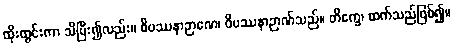
ထိုးထွင်းကာ သိပြီး၍လည်း။ ဝိပဿနာဉာဏေ၊ ဝိပဿနာဉာဏ်သည်။ တိက္ခေ၊ ထက်သည်ဖြစ်၍။